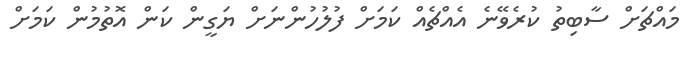
މައްޗަށް ސާބިތު ކުރެވޭނެ އެއްޗެއް ކަމަށް ފުލުހުންނަށް ޔަގީން ކަން އޮތުމުން ކަމަށް